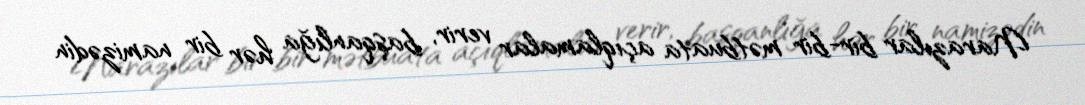
Narazılar bir-bir mətbuata açıqlamalar verir, başqanlığa hər bir namizədin